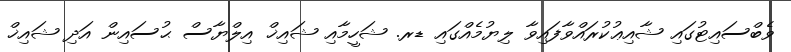
ވެބްސައިޓުގައި ޝާއިޢުކުރައްވާފައިވާ ލިޔުމެއްގައި ޑރ. ޝަހީމާއި ޝައިޚް އިލްޔާސް ޙުސައިން އަދި ޝައިޚް